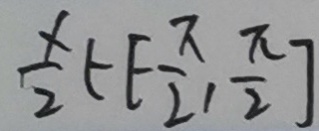
\frac { x } { 2 } \in [ - \frac { \pi } { 2 } , \frac { \pi } { 2 } ]